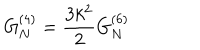
LaTeX: G _ { N } ^ { ( 4 ) } = \frac { 3 k ^ { 2 } } { 2 } G _ { N } ^ { ( 6 ) }